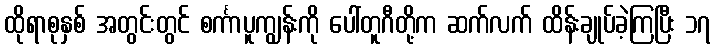
ထိုရာစုနှစ် အတွင်းတွင် စင်္ကာပူကျွန်းကို ပေါ်တူဂီတို့က ဆက်လက် ထိန်းချုပ်ခဲ့ကြပြီး ၁၇